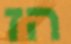
הז